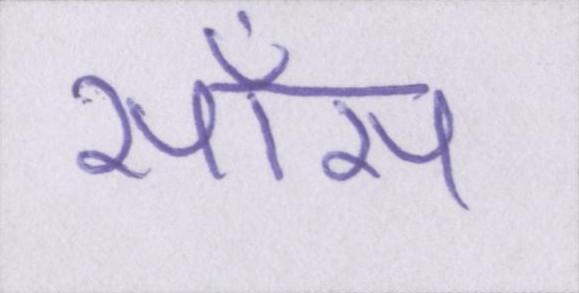
साँस